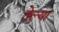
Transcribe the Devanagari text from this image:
तेल्या